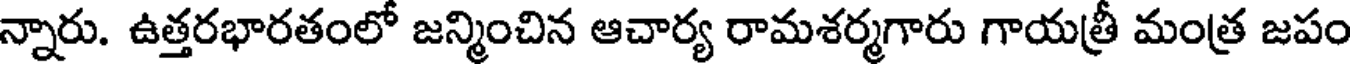
న్నారు. ఉత్తరభారతంలో జన్మించిన ఆచార్య రామశర్మగారు గాయత్రీ మంత్ర జపం